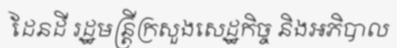
ដែនដី រដ្ឋមន្ត្រីក្រសួងសេដ្ឋកិច្ច និងអភិបាល